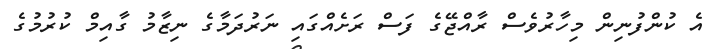
އެ ކުންފުނިން މިހާރުވެސް ރާއްޖޭގެ ފަސް ރަށެއްގައި ނަރުދަމާގެ ނިޒާމު ގާއިމް ކުރުމުގެ